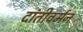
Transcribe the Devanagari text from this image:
दांतीवर्मन